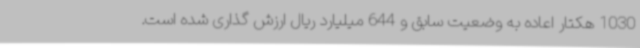
1030 هکتار اعاده به وضعیت سابق و 644 میلیارد ریال ارزش گذاری شده است.